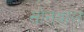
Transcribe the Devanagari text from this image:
सोनवाल